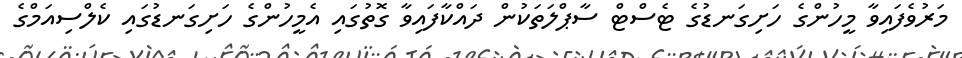
މަރުވެފައިވާ މީހުންގެ ހަށިގަނޑުގެ ޓެސްޓް ސާޕްލަތަކުން ދައްކާފައިވާ ގޮތުގައި އެމީހުންގެ ހަށިގަނޑުގައި ކެލްސިއަމްގެ